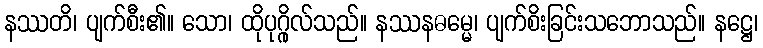
နဿတိ၊ ပျက်စီး၏။ သော၊ ထိုပုဂ္ဂိုလ်သည်။ နဿနဓမ္မေ၊ ပျက်စိးခြင်းသဘောသည်။ နဋ္ဌေ၊